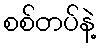
စစ်တပ်နဲ့